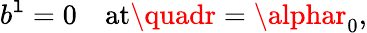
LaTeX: b^{\mathtt{l}}=0\quad\mathrm{{at}}\quadr=\alphar_{0},